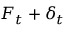
F _ { t } + \delta _ { t }